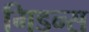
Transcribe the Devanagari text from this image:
गिडन्स